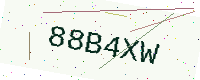
Text: 88B4XW